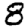
Digit: 8